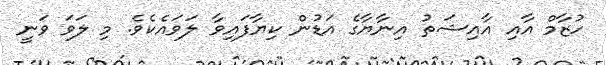
ހުޒާމް އާއި އާއިޝަތު އިނާޔާގެ އަޑުން ކިޔާފައިވާ ލަވައެކެވެ. މި ލަވަ ވަނީ